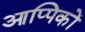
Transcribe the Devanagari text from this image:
आप्पिकों